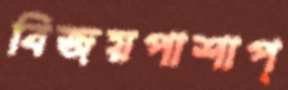
বিজয়পাশাপ্